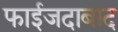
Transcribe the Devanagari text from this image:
फाईजदाबाद